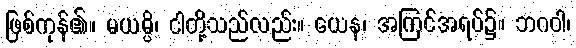
ဖြစ်ကုန်၏။ မယမ္ပိ၊ ငါတို့သည်လည်း။ ယေန၊ အကြင်အရပ်၌။ ဘဂဝါ၊